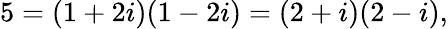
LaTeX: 5=(1+2i)(1-2i)=(2+i)(2-i),